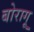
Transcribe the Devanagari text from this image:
बोरागू